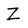
Character: Z